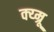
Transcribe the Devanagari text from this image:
क्य्म्रू